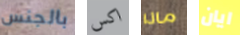
بالجنس اكس ماذا ايان